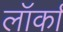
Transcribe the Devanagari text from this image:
लॉर्का